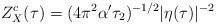
LaTeX: \begin{align*}Z^c_X(\tau) = (4\pi^2 \alpha' \tau_2)^{-1/2} |\eta(\tau)|^{-2}\end{align*}